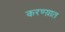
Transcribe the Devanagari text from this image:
करण्य़ात